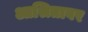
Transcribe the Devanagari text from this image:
आश्रितावर